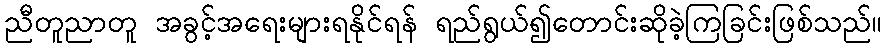
ညီတူညာတူ အခွင့်အရေးများရနိုင်ရန် ရည်ရွယ်၍တောင်းဆိုခဲ့ကြခြင်းဖြစ်သည်။